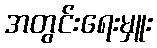
အတွင်းရေးမှူး